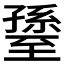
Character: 𦥊